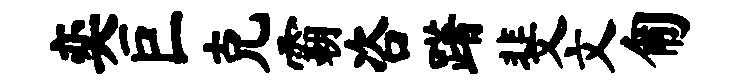
奕巨克霸咨躇斐文匍